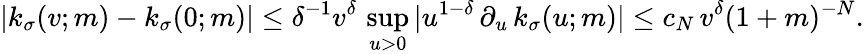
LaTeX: |k_{\sigma}(v;m)-k_{\sigma}(0;m)|\leq\delta^{-1}v^{\delta}\, \operatorname*{sup}_{u>0}|u^{1-\delta}\, \partial_{u}\, k_{\sigma}(u;m)|\leq c_{N}\, v^{\delta}(1+m)^{-N}.